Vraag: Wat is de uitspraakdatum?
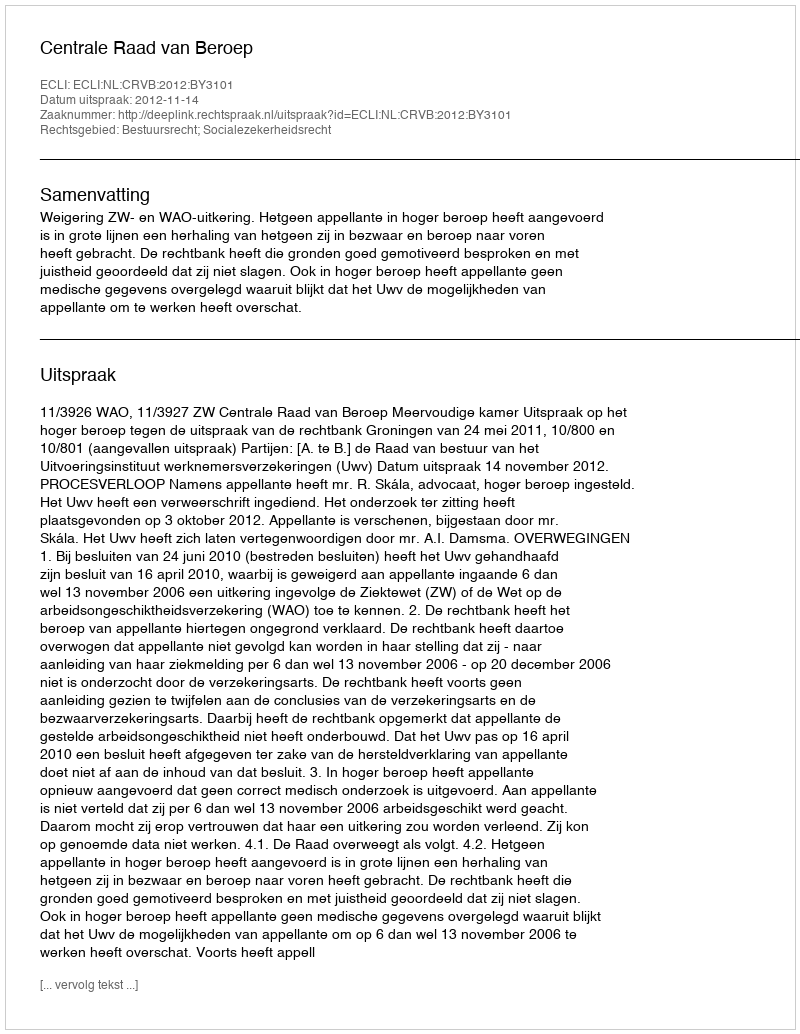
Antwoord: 2012-11-14